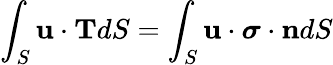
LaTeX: \int_{S}\mathbf{u\cdot T}dS=\int_{S}\mathbf{u\cdot{\boldsymbol{\sigma}}\cdot n}dS